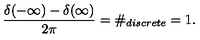
\frac { \delta ( - \infty ) - \delta ( \infty ) } { 2 \pi } = \# _ { d i s c r e t e } = 1 .